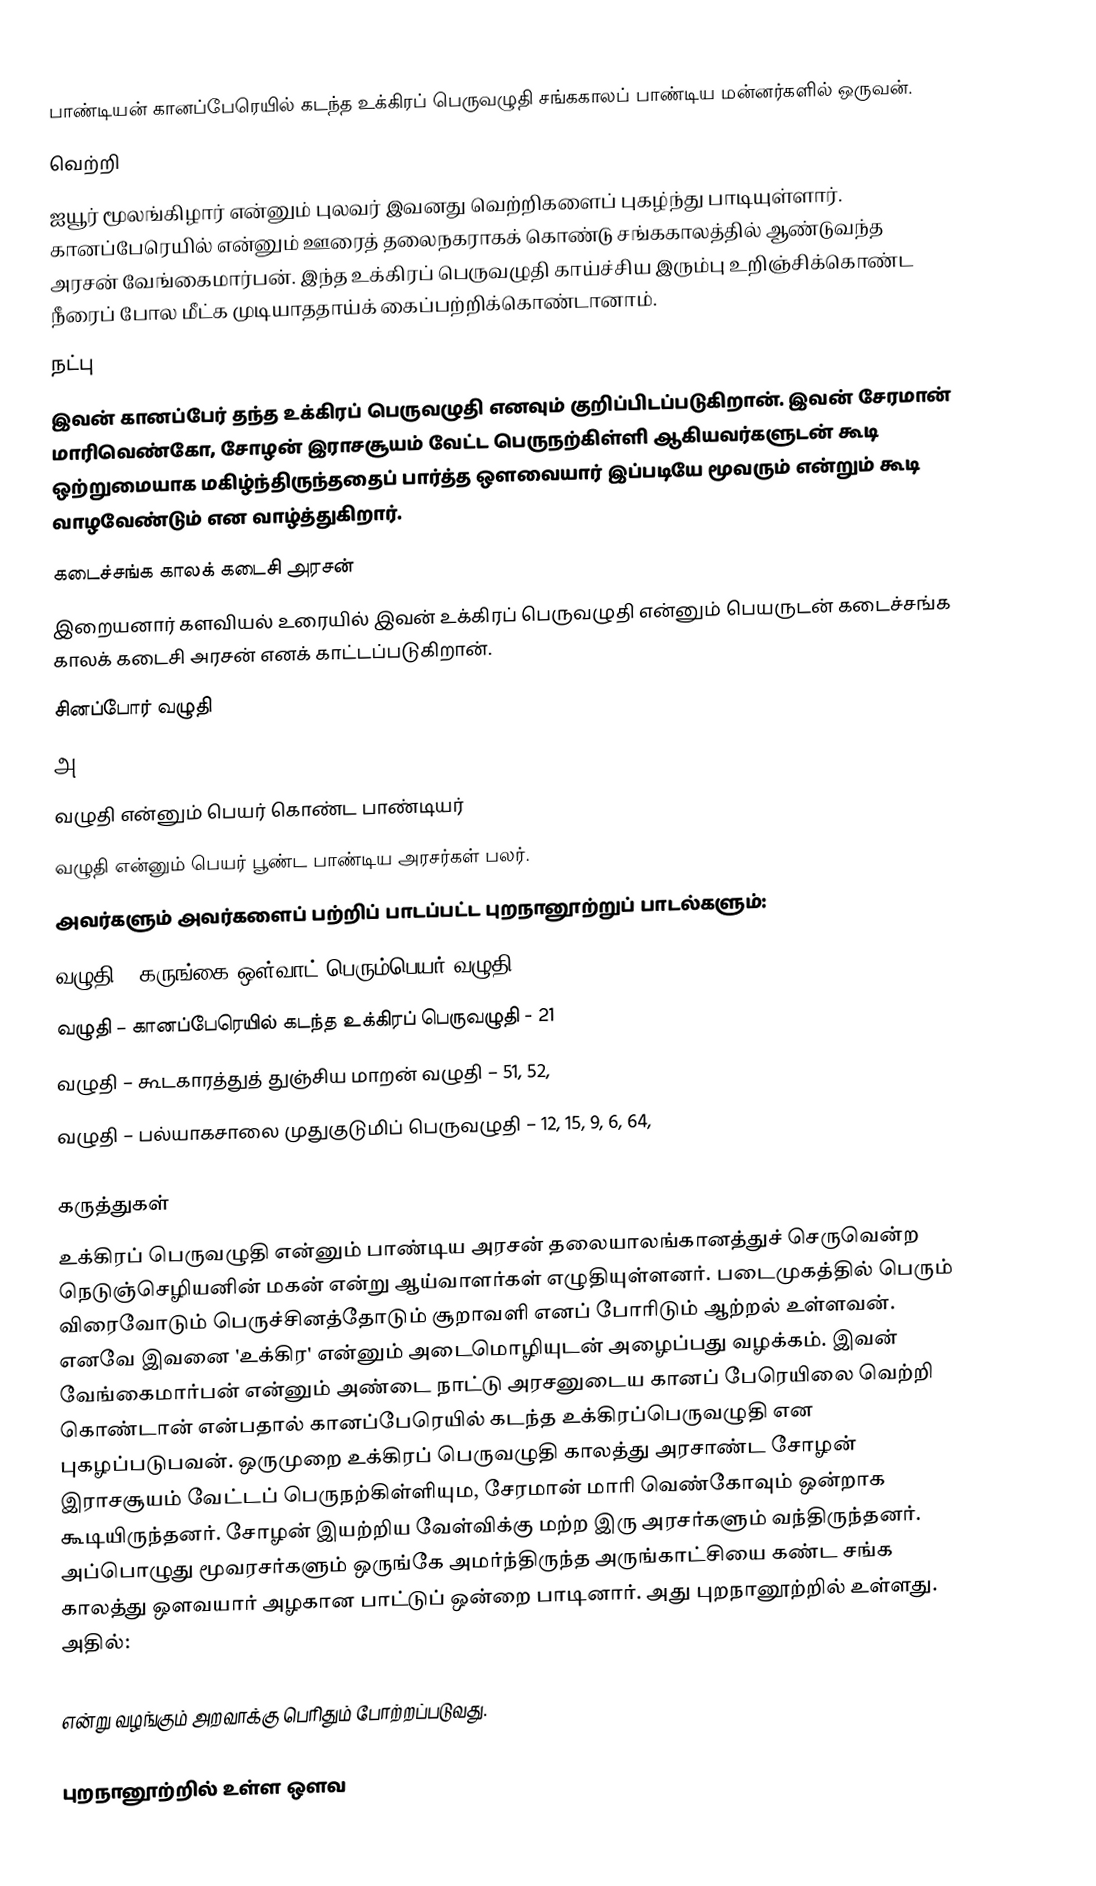
பாண்டியன் கானப்பேரெயில் கடந்த உக்கிரப் பெருவழுதி சங்ககாலப் பாண்டிய மன்னர்களில் ஒருவன்.
வெற்றி
ஐயூர் மூலங்கிழார் என்னும் புலவர் இவனது வெற்றிகளைப் புகழ்ந்து பாடியுள்ளார். கானப்பேரெயில் என்னும் ஊரைத் தலைநகராகக் கொண்டு சங்ககாலத்தில் ஆண்டுவந்த அரசன் வேங்கைமார்பன். இந்த உக்கிரப் பெருவழுதி காய்ச்சிய இரும்பு உறிஞ்சிக்கொண்ட நீரைப் போல மீட்க முடியாததாய்க் கைப்பற்றிக்கொண்டானாம்.
நட்பு
இவன் கானப்பேர் தந்த உக்கிரப் பெருவழுதி எனவும் குறிப்பிடப்படுகிறான். இவன் சேரமான் மாரிவெண்கோ, சோழன் இராசசூயம் வேட்ட பெருநற்கிள்ளி ஆகியவர்களுடன் கூடி ஒற்றுமையாக மகிழ்ந்திருந்ததைப் பார்த்த ஔவையார்  இப்படியே மூவரும் என்றும் கூடி வாழவேண்டும் என வாழ்த்துகிறார்.
கடைச்சங்க காலக் கடைசி அரசன்
இறையனார் களவியல் உரையில் இவன் உக்கிரப் பெருவழுதி என்னும் பெயருடன் கடைச்சங்க காலக் கடைசி அரசன் எனக் காட்டப்படுகிறான்.
சினப்போர் வழுதி
அ
வழுதி என்னும் பெயர் கொண்ட பாண்டியர்
வழுதி என்னும் பெயர் பூண்ட பாண்டிய அரசர்கள் பலர்.
அவர்களும் அவர்களைப் பற்றிப் பாடப்பட்ட புறநானூற்றுப் பாடல்களும்:
 வழுதி – கருங்கை ஒள்வாட் பெரும்பெயர் வழுதி - 3
 வழுதி – கானப்பேரெயில் கடந்த உக்கிரப் பெருவழுதி - 21
 வழுதி – கூடகாரத்துத் துஞ்சிய மாறன் வழுதி – 51, 52,
 வழுதி – பல்யாகசாலை முதுகுடுமிப் பெருவழுதி – 12, 15, 9, 6, 64,

கருத்துகள்
உக்கிரப் பெருவழுதி என்னும் பாண்டிய அரசன் தலையாலங்கானத்துச் செருவென்ற நெடுஞ்செழியனின் மகன் என்று ஆய்வாளர்கள் எழுதியுள்ளனர்.  படைமுகத்தில் பெரும் விரைவோடும் பெருச்சினத்தோடும் சூறாவளி எனப் போரிடும் ஆற்றல் உள்ளவன். எனவே இவனை 'உக்கிர' என்னும் அடைமொழியுடன் அழைப்பது வழக்கம். இவன் வேங்கைமார்பன் என்னும் அண்டை நாட்டு அரசனுடைய கானப் பேரெயிலை வெற்றி கொண்டான் என்பதால் கானப்பேரெயில் கடந்த உக்கிரப்பெருவழுதி என புகழப்படுபவன். ஒருமுறை உக்கிரப் பெருவழுதி காலத்து அரசாண்ட சோழன் இராசசூயம் வேட்டப் பெருநற்கிள்ளியும, சேரமான் மாரி வெண்கோவும் ஒன்றாக கூடியிருந்தனர். சோழன் இயற்றிய வேள்விக்கு மற்ற இரு அரசர்களும் வந்திருந்தனர். அப்பொழுது மூவரசர்களும் ஒருங்கே அமர்ந்திருந்த அருங்காட்சியை கண்ட சங்க காலத்து ஔவயார் அழகான பாட்டுப் ஒன்றை பாடினார். அது புறநானூற்றில் உள்ளது. அதில்:

என்று வழங்கும் அறவாக்கு பெரிதும் போற்றப்படுவது.

புறநானூற்றில் உள்ள ஔவ